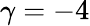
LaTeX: \gamma=-4